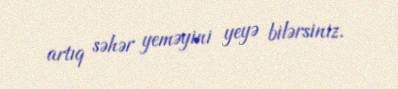
artıq səhər yeməyini yeyə bilərsiniz.